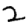
Digit: 2